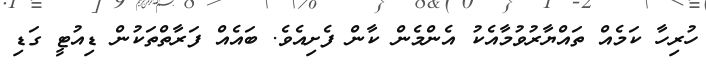
ހުރިހާ ކަމެެއް ތައްޔާރުވުމާއެކު އެންމެން ކާން ފެށިއެވެ. ބައެއް ފަރާތްތަކުން ޑިއުޓީ ގަޑި